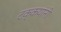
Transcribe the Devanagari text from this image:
टक्कयांनी